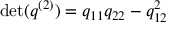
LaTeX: \operatorname* { d e t } ( q ^ { ( 2 ) } ) = q _ { 1 1 } q _ { 2 2 } - q _ { 1 2 } ^ { 2 }